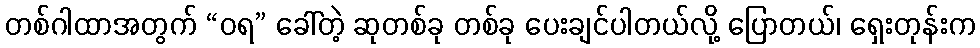
တစ်ဂါထာအတွက် “ဝရ” ခေါ်တဲ့ ဆုတစ်ခု တစ်ခု ပေးချင်ပါတယ်လို့ ပြောတယ်၊ ရှေးတုန်းက